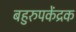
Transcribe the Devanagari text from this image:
बहुरुपकेंद्रक